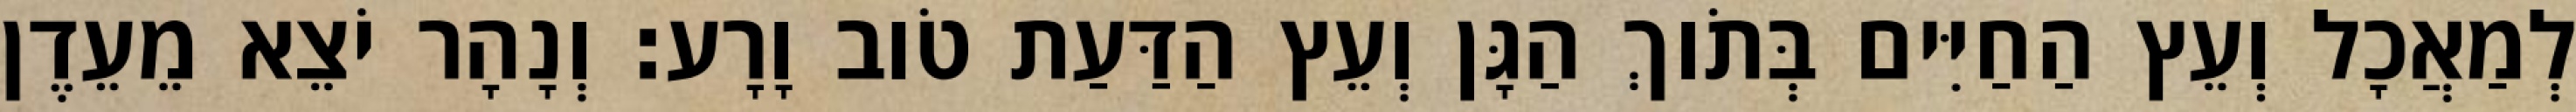
לְמַאֲכָל וְעֵץ הַחַיִּים בְּתֹוךְ הַגָּן וְעֵץ הַדַּעַת טֹוב וָרָע׃ וְנָהָר יֹצֵא מֵעֵדֶן